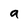
Character: 9